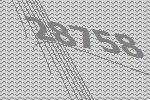
28758